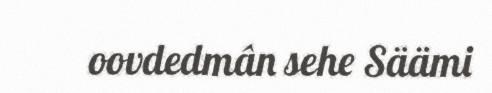
oovdedmân sehe Säämi